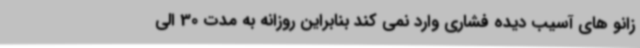
زانو های آسیب دیده فشاری وارد نمی کند بنابراین روزانه به مدت 30 الی